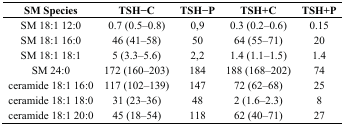
<table><thead><tr><td><b>SM Species</b></td><td><b>TSH−C</b></td><td><b>TSH−P</b></td><td><b>TSH+C</b></td><td><b>TSH+P</b></td></tr></thead><tbody><tr><td>SM 18:1 12:0</td><td>0.7 (0.5–0.8)</td><td>0,9</td><td>0.3 (0.2–0.6)</td><td>0.15</td></tr><tr><td>SM 18:1 16:0</td><td>46 (41–58)</td><td>50</td><td>64 (55–71)</td><td>20</td></tr><tr><td>SM 18:1 18:1</td><td>5 (3.3–5.6)</td><td>2,2</td><td>1.4 (1.1–1.5)</td><td>1.4</td></tr><tr><td>SM 24:0</td><td>172 (160–203)</td><td>184</td><td>188 (168–202)</td><td>74</td></tr><tr><td>ceramide 18:1 16:0</td><td>117 (102–139)</td><td>147</td><td>72 (62–68)</td><td>25</td></tr><tr><td>ceramide 18:1 18:0</td><td>31 (23–36)</td><td>48</td><td>2 (1.6–2.3)</td><td>8</td></tr><tr><td>ceramide 18:1 20:0</td><td>45 (18–54)</td><td>118</td><td>62 (40–71)</td><td>27</td></tr></tbody></table>